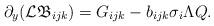
LaTeX: \begin{align*}\partial_y(\mathcal{L}\mathfrak{B}_{ijk})=G_{ijk}-b_{ijk}\sigma_i\Lambda Q.\end{align*}